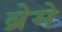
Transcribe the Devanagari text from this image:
ब्रेमे